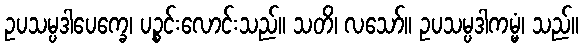
ဥပသမ္ပဒါပေက္ခေ၊ ပဉ္စင်းလောင်းသည်။ သတိ၊ လသော်။ ဥပသမ္ပဒါကမ္မံ၊ သည်။